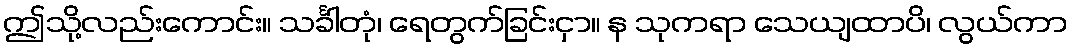
ဤသို့လည်းကောင်း။ သင်္ခါတုံ၊ ရေတွက်ခြင်းငှာ။ န သုကရာ သေယျထာပိ၊ လွယ်ကာ